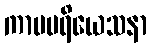
ကာမပရိယေသနာ